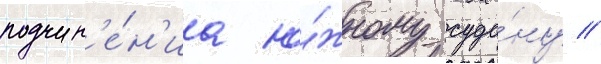
подчин'е́н'иа ю́жному суда́ну //